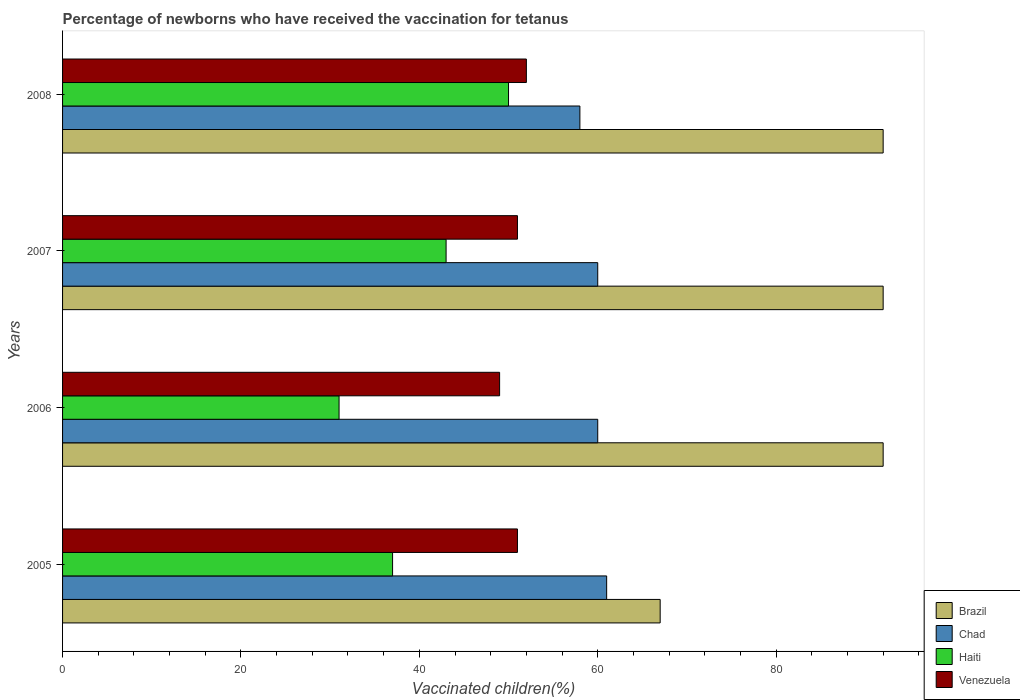
| Years | Brazil | Chad | Haiti | Venezuela |
 | --- | --- | --- | --- | --- |
 | 2005 | 67 | 61 | 37 | 51 |
 | 2006 | 92 | 60 | 31 | 49 |
 | 2007 | 92 | 60 | 43 | 51 |
 | 2008 | 92 | 58 | 50 | 52 |